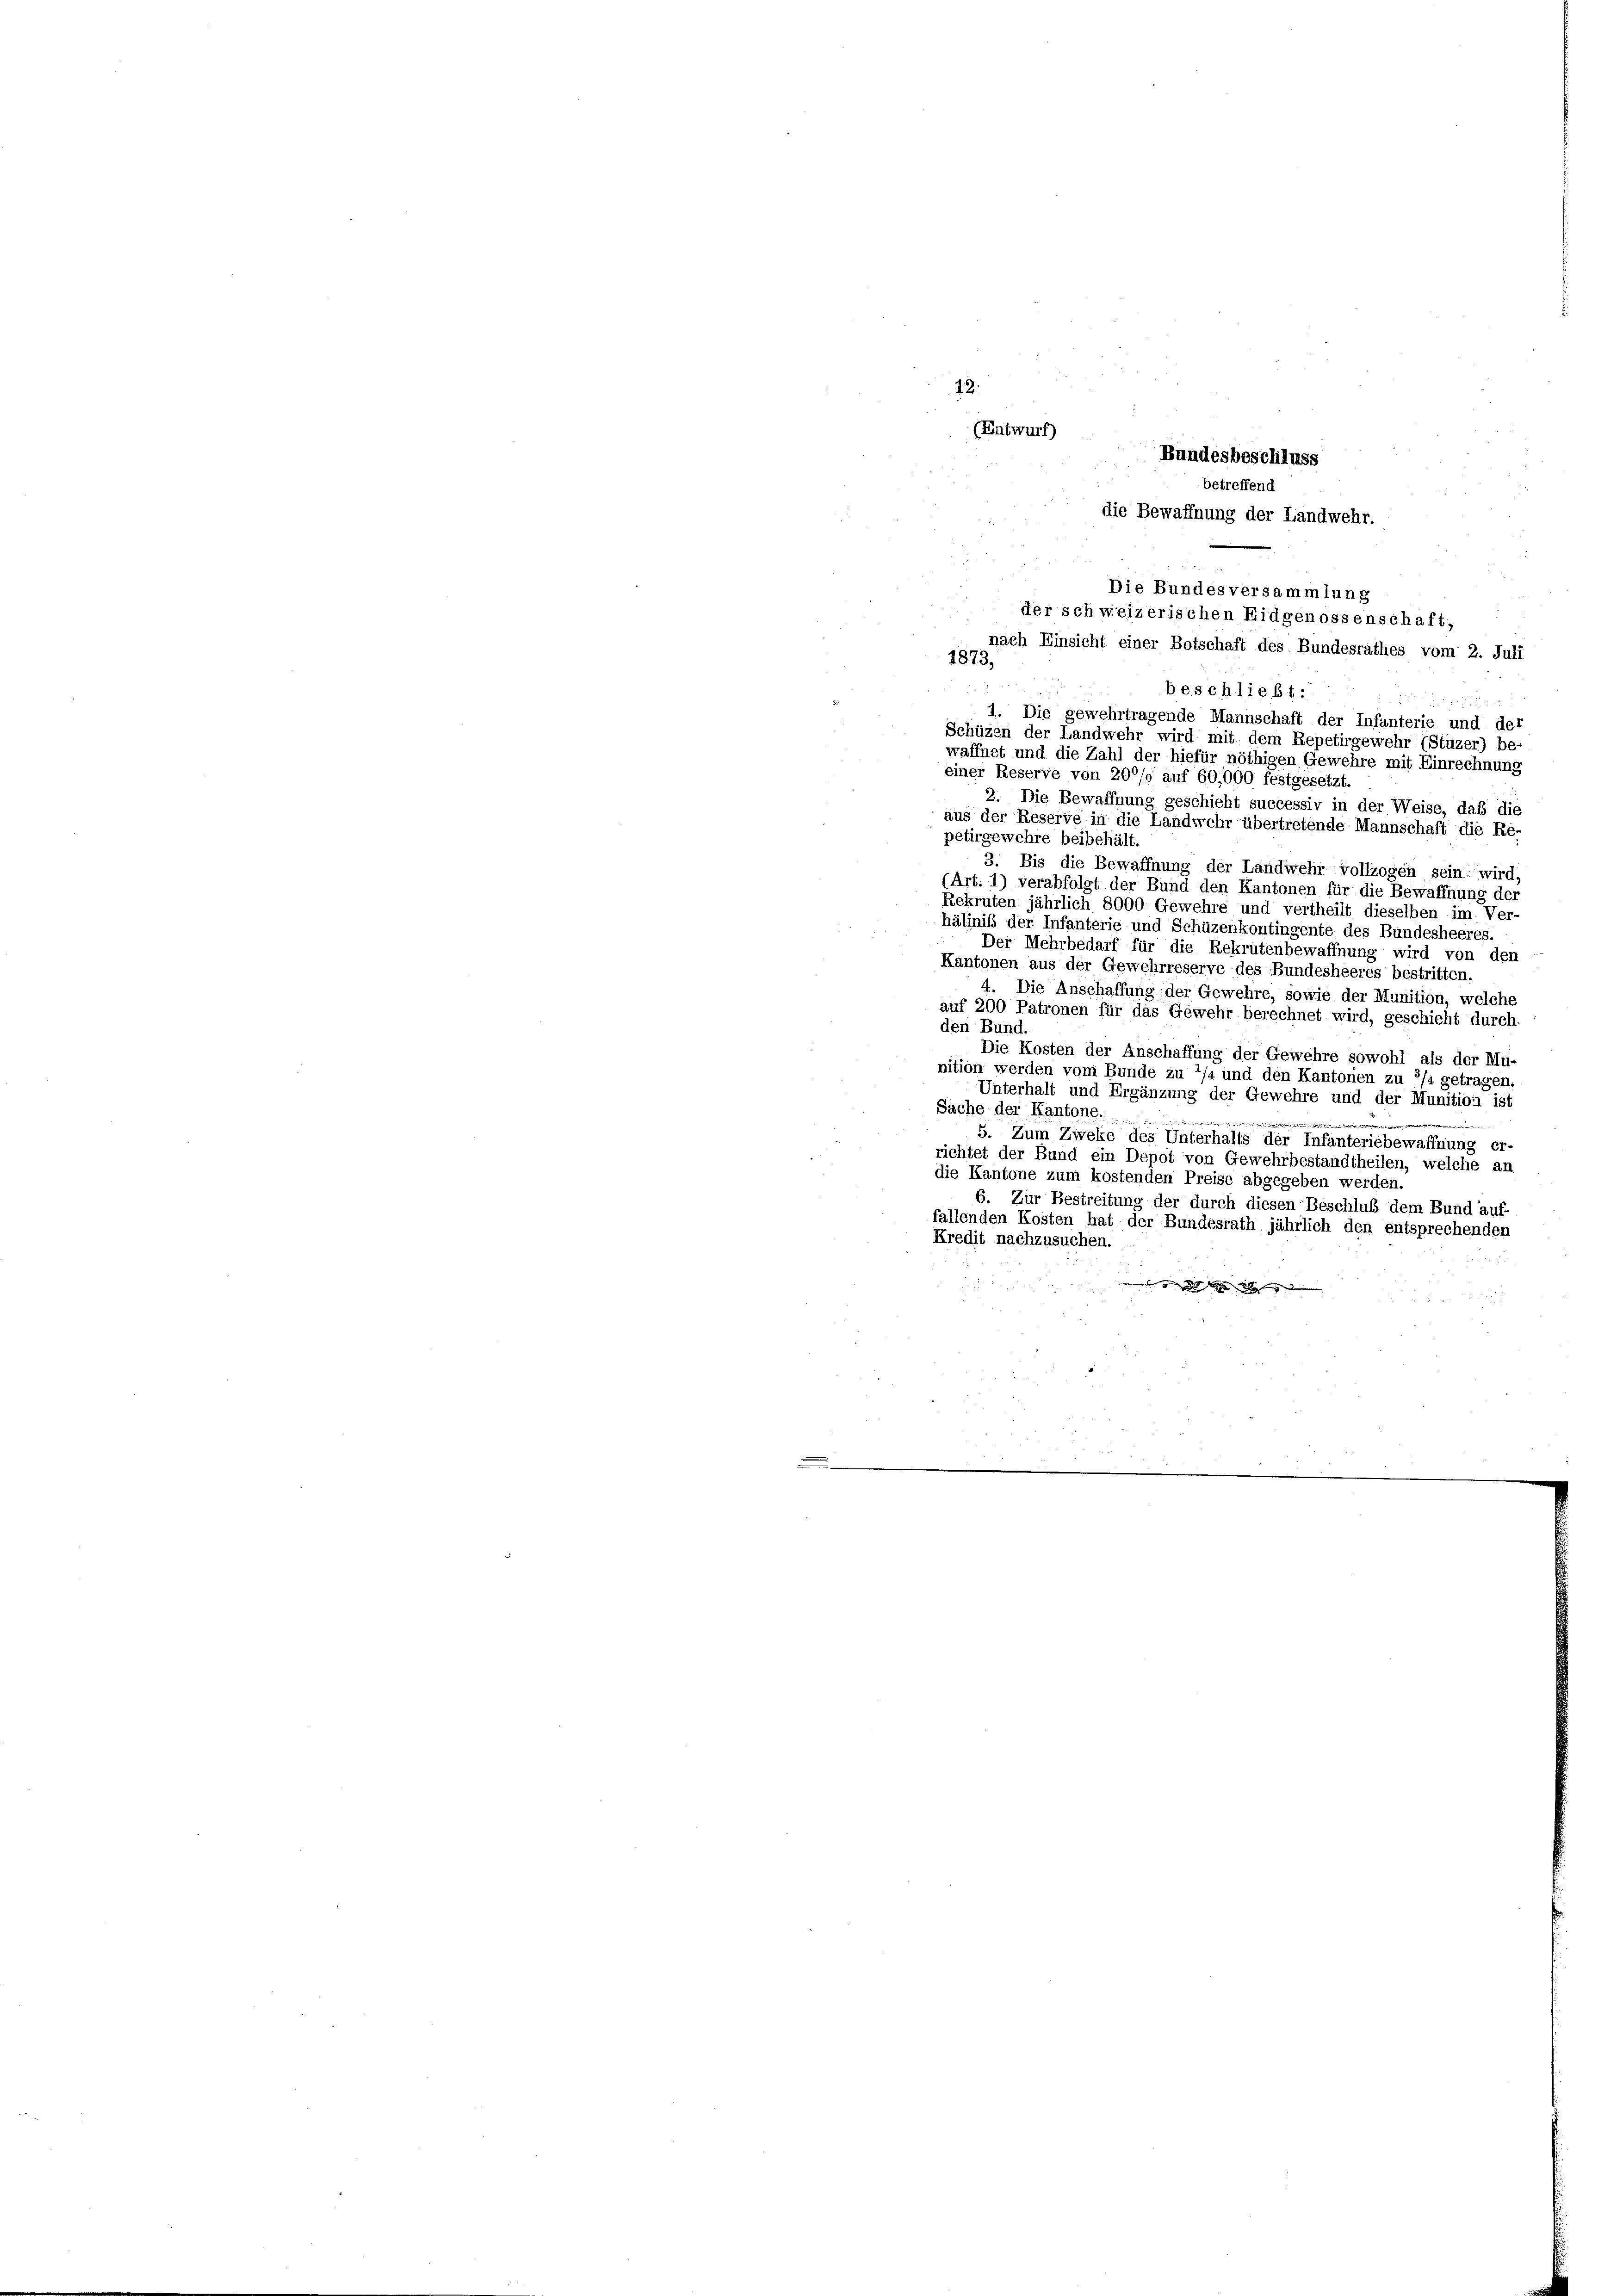
12.
(Entwurf)

Bundesbeschluss
betreffend

einer Reserve von 200/9 auf 60,000 festgesetzt.
2. Die Bewaffnung geschicht successiv in der Weise, daß die
aus der Reserve in die Landwehr übertretende Mannschaft die Re-
petirgewehre beibehält.
3. Bis die Bewaffnung der Landwehr vollzogen sein: wird,
(Art. 1) verabfolgt der Bund den Kantonen für die Bewaffnung der
Rekruten jährlich 8000 Gewehre und vertheilt dieselben im Ver-
hälinis der Infanterie und Schüzenkontingente des Bundesheeres.
Der Mehrbedarf für die Rekrutenbewaffnung wird von den
Kantonen aus der Gewehrreserve des Bundesheeres bestritten.
4. Die Anschaffung der Gewehre, sowie der Munition, welche
auf 200 Patronen für das Gewehr berechnet wird, geschieht durch
den Bund.
Die Kosten der Anschaffung der Gewehre sowohl als der Mu-
nition werden vom Bunde zu 1/4 und den Kantonen zu 3/4 getragen
Unterhalt und Ergänzung der Gewehre und der Munition ist
Sache der Kantone.
 einer
n
5. Zum Zweke des Unterhalts der Infanteriebewaffnung er-
richtet der Bund ein Depot von Gewehrbestandtheilen, welche an
die Kantone zum kostenden Preise abgegeben werden.
6. Zur Bestreitung der durch diesen Beschluß dem Bund auf-
fallenden Kosten hat der Bundesrath jährlich den entsprechenden
Kredit nachzusuchen.
 g   Weg de

die Bewaffnung der Landwehr.
Die Bundesversammlung
der schweizerischen Eidgenossenschaft,
nach Einsicht einer Botschaft des Bundesrathes vom 2. Juli
1873,
beschließt:

1. Die gewehrtragende Mannschaft der Infanterie und der
Schüzen der Landwehr wird mit dem Repetirgewehr (Stüzer) be-
waffnet und die Zahl der hiefür nöthigen Gewehre mit Einrechnung